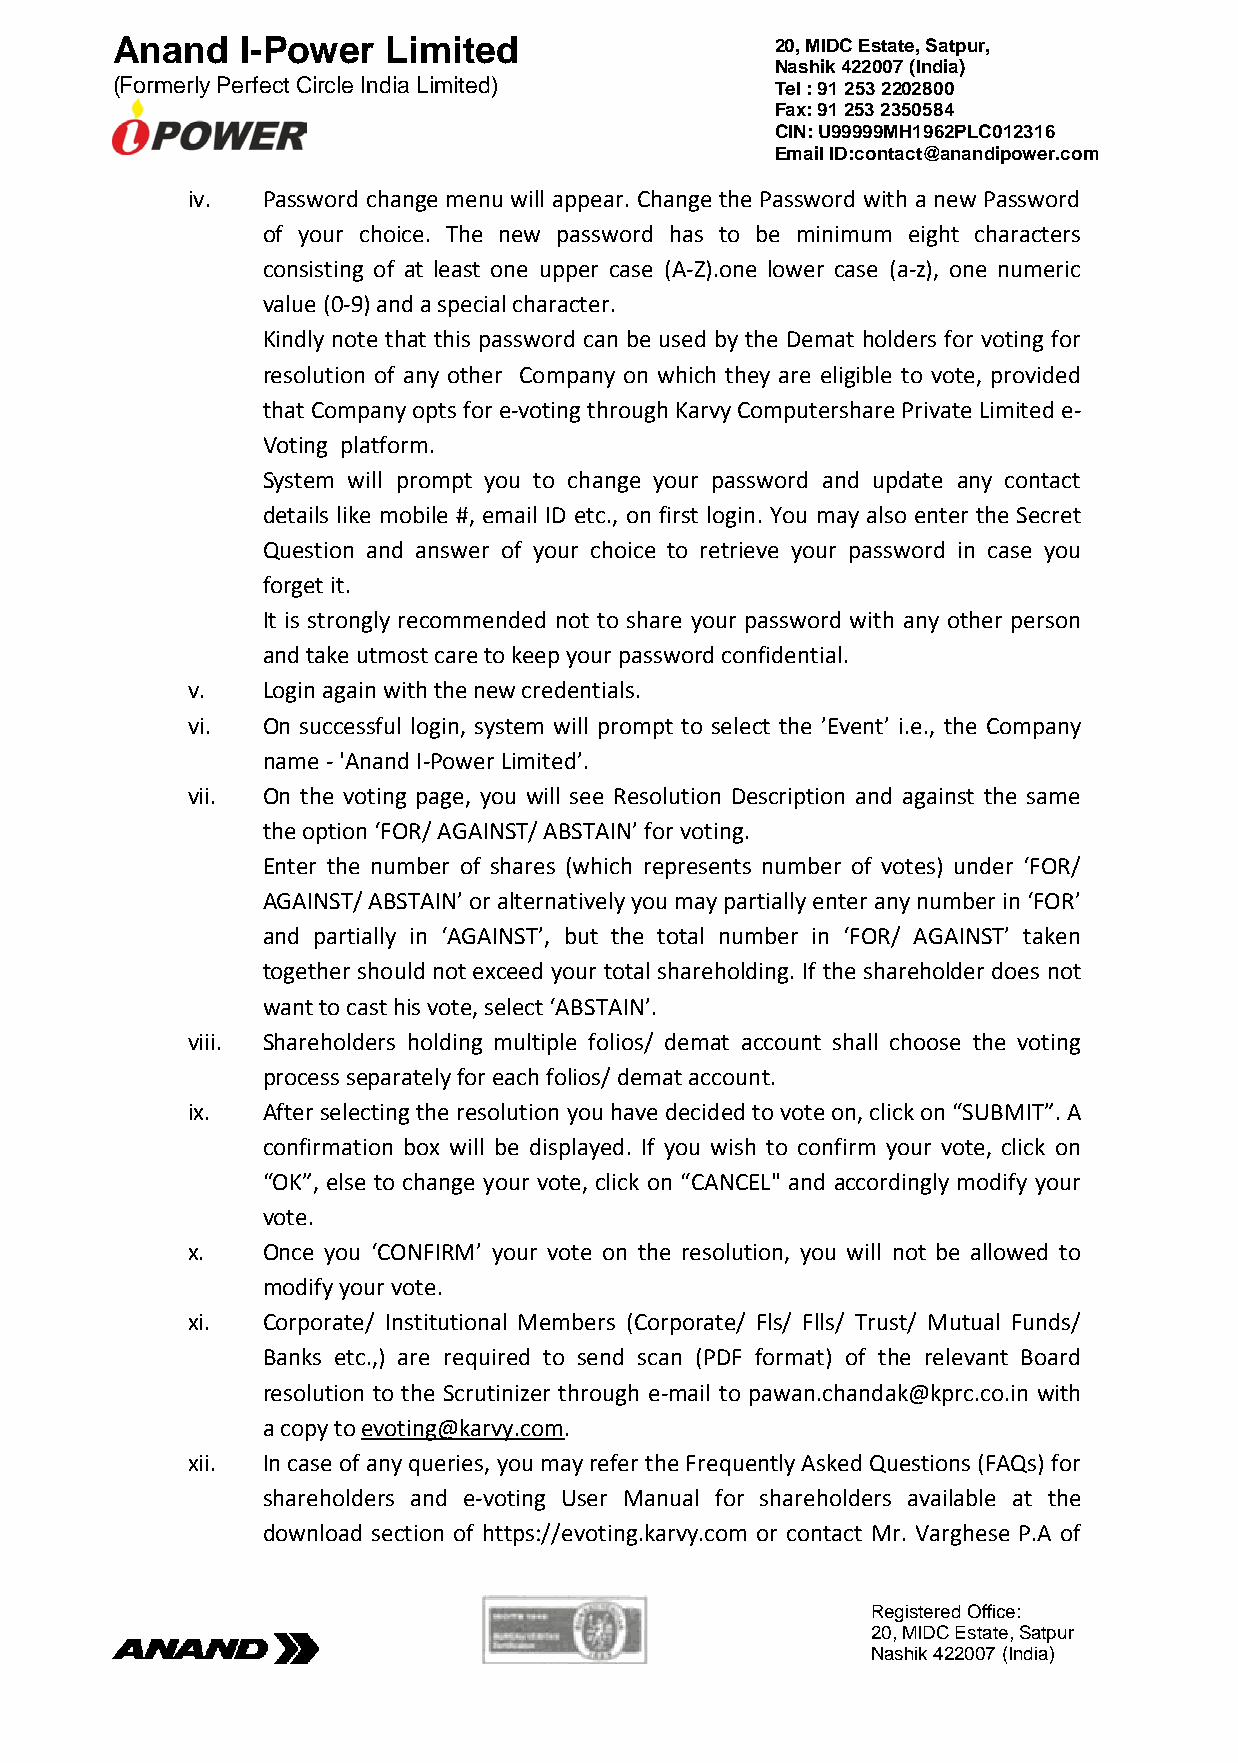
Anand    I-Power   Limited                  20, MIDC Estate, Satpur,
 Nashik 422007 (India)
 (Formerly Perfect Circle India Limited)     Tel : 91 253 2202800
 Fax: 91 253 2350584
 CIN: U99999MH1962PLC012316
 Email ID:contact@anandipower.com
 iv.  Password change menu will appear. Change the Password with a new Password
 of your choice. The new password has to be minimum eight characters
 consisting of at least one upper case (A-Z).one lower case (a-z), one numeric
 value (0-9) and a special character.
 Kindly note that this password can be used by the Demat holders for voting for
 resolution of any other Company on which they are eligible to vote, provided
 that Company opts for e-voting through Karvy Computershare Private Limited e-
 Voting platform.
 System will prompt you to change your password and update any contact
 details like mobile #, email ID etc., on first login. You may also enter the Secret
 Question and answer of your choice to retrieve your password in case you
 forget it.
 It is strongly recommended not to share your password with any other person
 and take utmost care to keep your password confidential.
 v.   Login again with the new credentials.
 vi.  On successful login, system will prompt to select the ’Event’ i.e., the Company
 name - 'Anand I-Power Limited’.
 vii. On the voting page, you will see Resolution Description and against the same
 the option ‘FOR/ AGAINST/ ABSTAIN’ for voting.
 Enter the number of shares (which represents number of votes) under ‘FOR/
 AGAINST/ ABSTAIN’ or alternatively you may partially enter any number in ‘FOR’
 and partially in ‘AGAINST’, but the total number in ‘FOR/ AGAINST’ taken
 together should not exceed your total shareholding. If the shareholder does not
 want to cast his vote, select ‘ABSTAIN’.
 viii. Shareholders holding multiple folios/ demat account shall choose the voting
 process separately for each folios/ demat account.
 ix.  After selecting the resolution you have decided to vote on, click on “SUBMIT”. A
 confirmation box will be displayed. If you wish to confirm your vote, click on
 “OK”, else to change your vote, click on “CANCEL" and accordingly modify your
 vote.
 x.   Once you ‘CONFIRM’ your vote on the resolution, you will not be allowed to
 modify your vote.
 xi.  Corporate/ Institutional Members (Corporate/ Fls/ Flls/ Trust/ Mutual Funds/
 Banks etc.,) are required to send scan (PDF format) of the relevant Board
 resolution to the Scrutinizer through e-mail to pawan.chandak@kprc.co.in with
 a copy to evoting@karvy.com.
 xii. In case of any queries, you may refer the Frequently Asked Questions (FAQs) for
 shareholders and e-voting User Manual for shareholders available at the
 download section of https://evoting.karvy.com or contact Mr. Varghese P.A of
 Registered Office:
 20, MIDC Estate, Satpur
 N a shik 422007 (India)